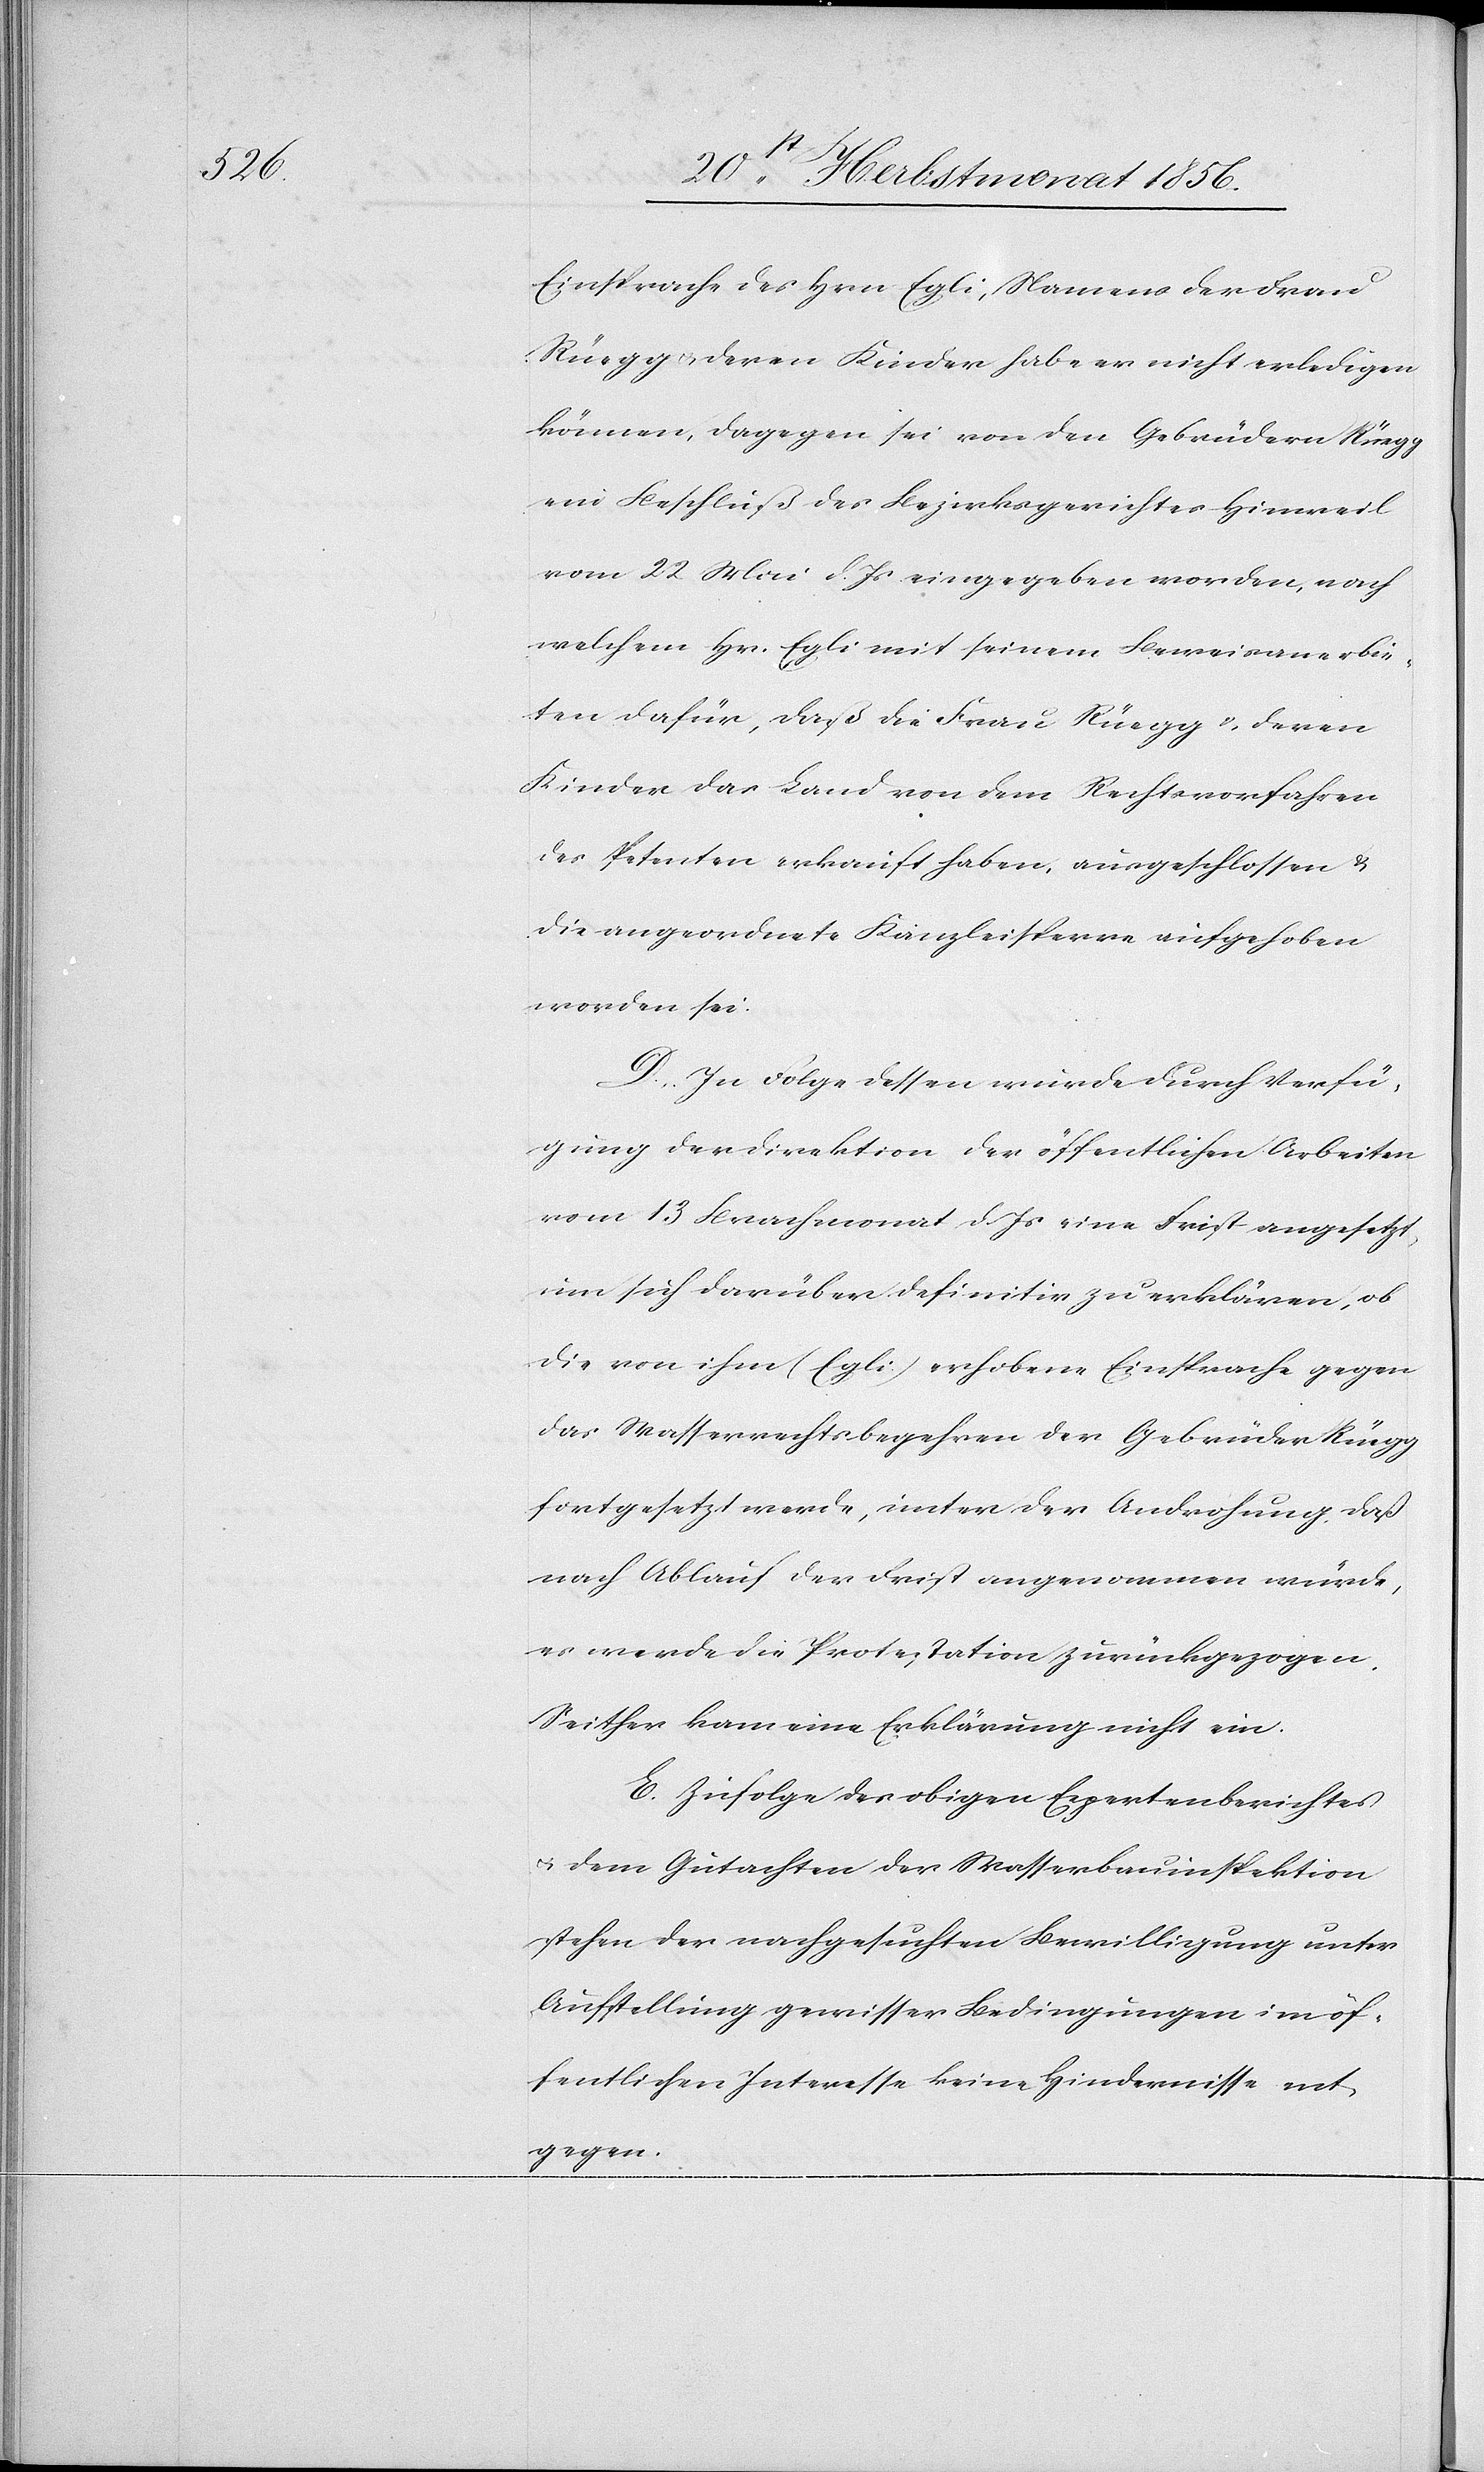
Einsprache des Hrn Egli, Namens der Frau
Rüegg u. deren Kinder habe er nicht erledigen
können, dagegen sei von den Gebrüdern Rüegg
ein Beschluß des Bezirksgerichtes Hinweil
vom 22 Mai d. Js eingegeben worden, nach
welchem Hr. Egli mit seinem Beweisanerbie¬
ten dafür, daß die Frau Rüegg & deren
Kinder das Land von dem Rechtsvorfahren
des Petenten erkauft haben, ausgeschlossen &
die angeordnete Kanzleisperre aufgehoben
worden sei.
D. In Folge dessen wurde durch Verfü¬
gung der Direktion der öffentlichen Arbeiten
vom 13 Brachmonat d. Js eine Frist angesetzt,
um sich darüber definitiv zu erklären, ob
die von ihm (Egli) erhobene Einsprache gegen
das Wasserrechtsbegehren der Gebrüder Rüegg
fortgesetzt werde, unter der Androhung, daß
nach Ablauf der Frist angenommen würde,
es werde die Protestation zurückgezogen.
Seither kam eine Erklärung nicht ein.
E. Zufolge des obigen Expertenberichtes
u. dem Gutachten der Wasserbauinspektion
stehen der nachgesuchten Bewilligung unter
Aufstellung gewisser Bedingungen im öf¬
fentlichen Interesse keine Hindernisse ent¬
gegen.